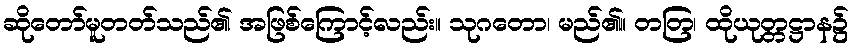
ဆိုတော်မူတတ်သည်၏ အဖြစ်ကြောင့်လည်း။ သုဂတော၊ မည်၏။ တတြ၊ ထိုယုတ္တဋ္ဌာန၌